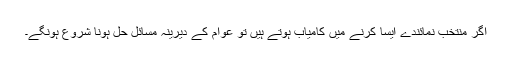
اگر منتخب نمائندے ایسا کرنے میں کامیاب ہوتے ہیں تو عوام کے دیرینہ مسائل حل ہونا شروع ہونگے۔